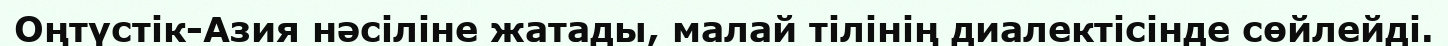
Оңтүстік-Азия нәсіліне жатады, малай тілінің диалектісінде сөйлейді.